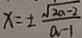
x = \pm \frac { \sqrt { 2 a - 2 } } { a - 1 }